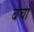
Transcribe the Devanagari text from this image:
बचाँ